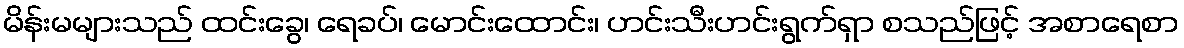
မိန်းမများသည် ထင်းခွေ၊ ရေခပ်၊ မောင်းထောင်း၊ ဟင်းသီးဟင်းရွက်ရှာ စသည်ဖြင့် အစာရေစာ